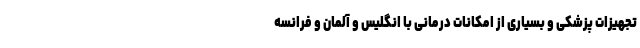
تجهیزات پزشکی و بسیاری از امکانات درمانی با انگلیس و آلمان و فرانسه